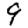
Digit: 9